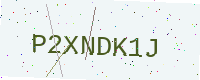
Text: P2XNDK1J